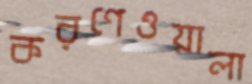
করণেওয়ালা